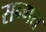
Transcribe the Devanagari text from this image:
सन्गत